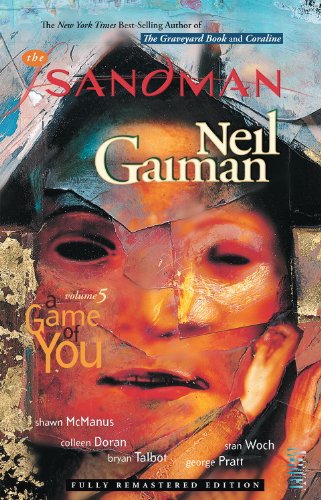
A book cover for The Sandman, Vol. 5: A Game of You; Neil Gaiman; Comics & Graphic Novels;